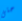
حتى